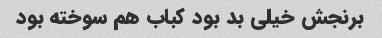
برنجش خیلی بد بود کباب هم سوخته بود